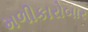
મળીકારોબાર